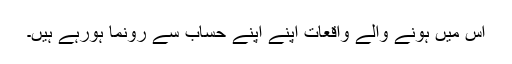
اس میں ہونے والے واقعات اپنے اپنے حساب سے رونما ہورہے ہیں۔